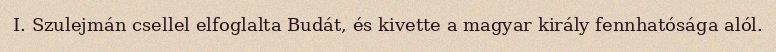
I. Szulejmán csellel elfoglalta Budát, és kivette a magyar király fennhatósága alól.